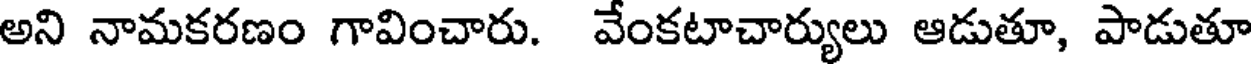
అని నామకరణం గావించారు. వేంకటాచార్యులు ఆడుతూ, పాడుతూ